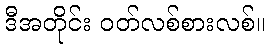
ဒီအတိုင်း ဝတ်လစ်စားလစ်။